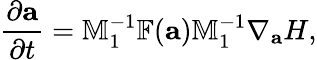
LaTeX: \frac{\partial{\mathbf a}}{\partial t}=\mathbb{M}_{1}^{-1}\mathbb{F}({\mathbf a})\mathbb{M}_{1}^{-1}\nabla_{\mathbf a}H,